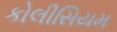
કોલીસિયમ